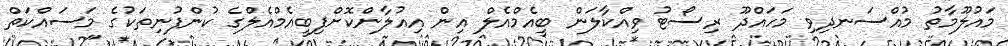
މައުލޫމާތު މުއްސަނދިވި މަހައްދޫ ރިސޯޓު ވިއްކާލަން ބީއެމްއެލް އިން އިއުލާންކޮށްފިބީއެމްއެލްގެ ކުންފުނިތަކުގެ މަސައްކަތް